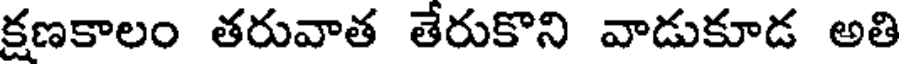
క్షణకాలం తరువాత తేరుకొని వాడుకూడ అతి